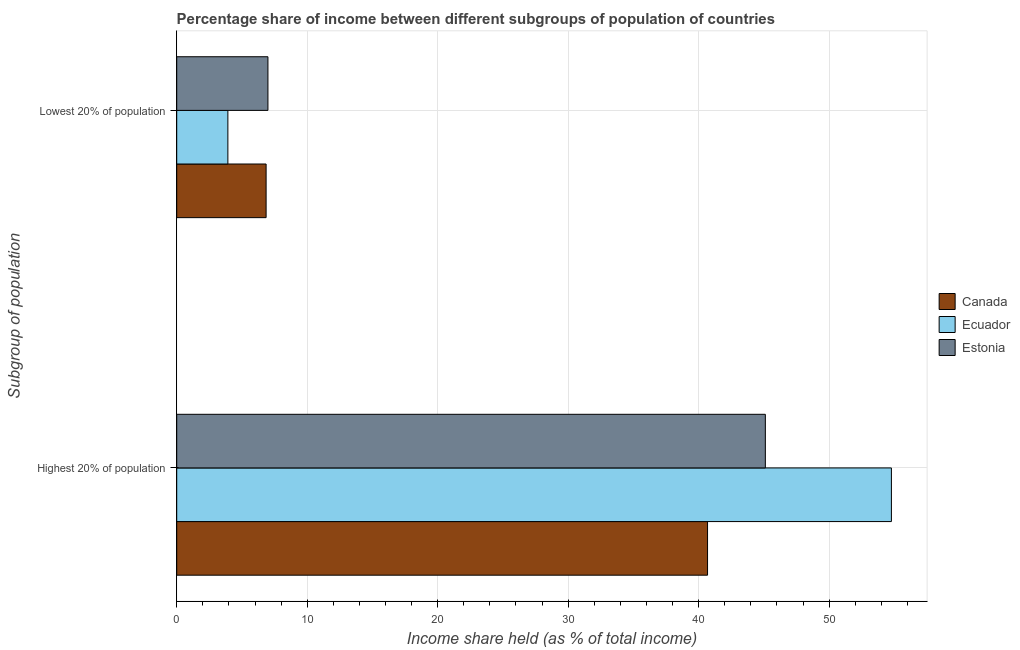
| Subgroup of population | Canada | Ecuador | Estonia |
 | --- | --- | --- | --- |
 | Highest 20% of population | 40.7 | 54.8 | 45.1 |
 | Lowest 20% of population | 6.85 | 3.92 | 6.99 |